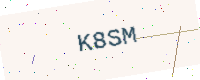
Text: K8SM